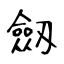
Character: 劔